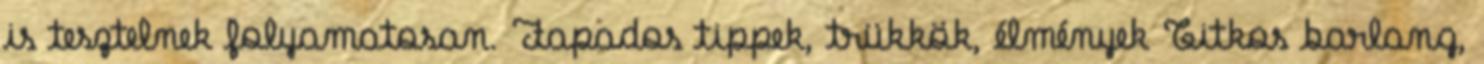
is tesztelnek folyamatosan. Fapados tippek, trükkök, élmények Titkos barlang,